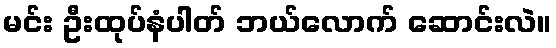
မင်း ဦးထုပ်နံပါတ် ဘယ်လောက် ဆောင်းလဲ။